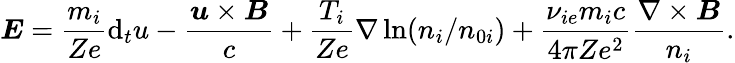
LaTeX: \boldsymbol{E}=\frac{m_{i}}{Ze}\mathrm{d}_{t}u-\frac{\boldsymbol{u}\times\boldsymbol{B}}{c}+\frac{T_{i}}{Ze}\nabla\ln(n_{i}/n_{0i})+\frac{\nu_{ie}m_{i}c}{4\pi Ze^{2}}\frac{\nabla\times\boldsymbol{B}}{n_{i}}.